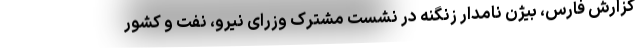
گزارش فارس، بیژن نامدار زنگنه در نشست مشترک وزرای نیرو، نفت و کشور